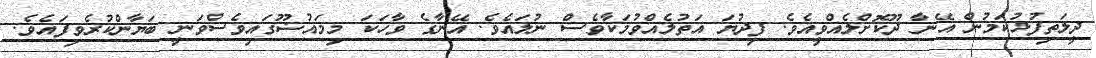
ދީލަތިފުޅުކަމުން އޭނާ ދޫކޮށްލެއްވީއެވެ. ފިދުޔަ އަތުލެއްވުމަކާވެސް ނުލައެވެ. އޭނާގެ ވާހަކަ މިމައުޟޫގައިވެސްވަނީ ބަޔާންކުރެވިފައެވެ.